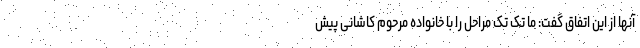
آنها از این اتفاق گفت: ما تک تک مراحل را با خانواده مرحوم کاشانی پیش